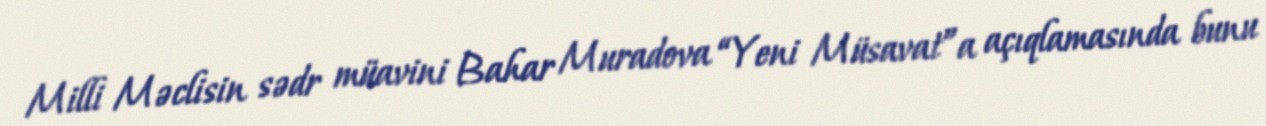
Milli Məclisin sədr müavini Bahar Muradova “Yeni Müsavat”a açıqlamasında bunu